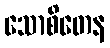
သောစိတေန